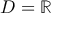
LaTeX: D = \mathbb { R }